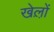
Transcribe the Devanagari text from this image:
खेल़ो़ं